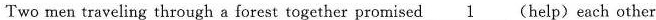
Two men traveling through a forest together promised 1(help)each other